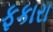
ફકારા